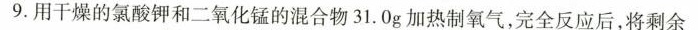
9.用干燥的氯酸钾和二氧化锰的混合物31.0g加热制氧气，完全反应后，将剩余